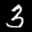
Label: 3